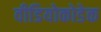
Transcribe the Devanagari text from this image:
वीडियोकोडेक